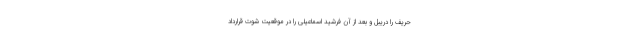
حریف را دریبل و بعد از آن فرشید اسماعیلی را در موقعیت شوت قرارداد